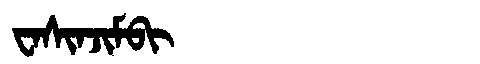
Manchu: ᠸᠠᠰᡳᠨᠵᡳᠮᠪᡳ
Romanization: WASINJIMBI